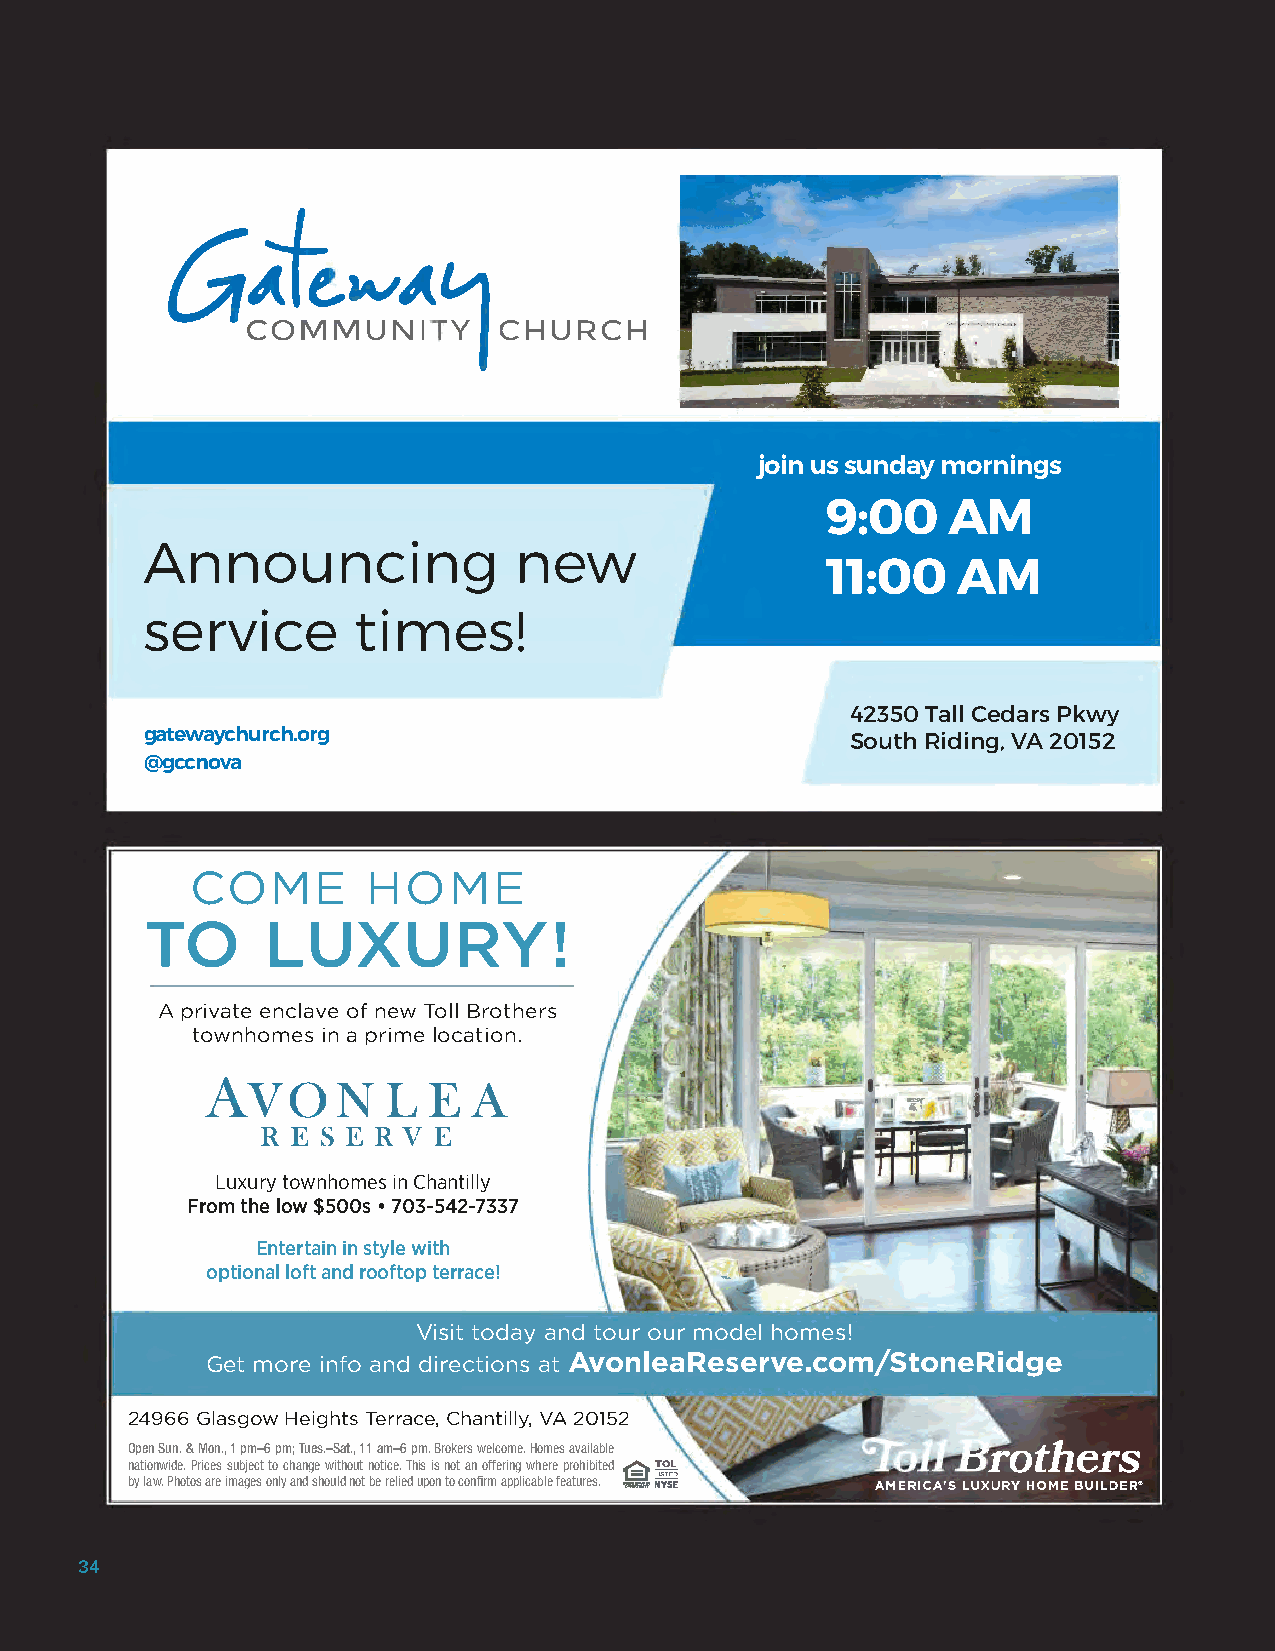
join us sunday mornings
 9:00    AM
 Announcing              new
 11:00   AM
 service      times!
 42350 Tall Cedars Pkwy
 gatewaychurch.org                             South Riding, VA 20152
 @gccnova
 COME       HOME
 TO     LUXURY!
 A private enclave of new Toll Brothers
 townhomes in a prime location.
 AVON        LEA
 RESERVE
 Luxury townhomes in Chantilly
 From the low $500s • 703-542-7337
 Entertain in style with
 optional loft and rooftop terrace!
 Visit today and tour our model homes!
 Get more info and directions at AvonleaReserve.com/StoneRidge
 24966 Glasgow Heights Terrace, Chantilly, VA 20152
 Open Sun. & Mon., 1 pm–6 pm; Tues.–Sat., 11 am–6 pm. Brokers welcome. Homes available
 nationwide. Prices subject to change without notice. This is not an offering where prohibited
 by law. Photos are images only and should not be relied upon to confirm applicable features.
 34